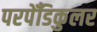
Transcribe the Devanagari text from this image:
परपेँडिकुलर